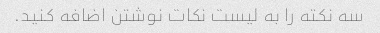
سه نکته را به لیست نکات نوشتن اضافه کنید.